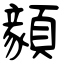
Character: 顡